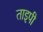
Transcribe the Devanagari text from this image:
ताइपी